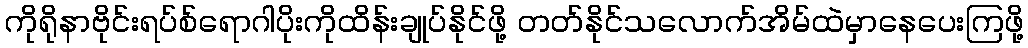
ကိုရိုနာဗိုင်းရပ်စ်ရောဂါပိုးကိုထိန်းချုပ်နိုင်ဖို့ တတ်နိုင်သလောက်အိမ်ထဲမှာနေပေးကြဖို့